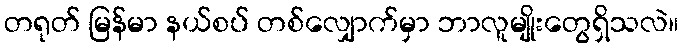
တရုတ် မြန်မာ နယ်စပ် တစ်လျှောက်မှာ ဘာလူမျိုးတွေရှိသလဲ။